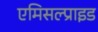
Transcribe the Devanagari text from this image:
एमिसल्प्राइड